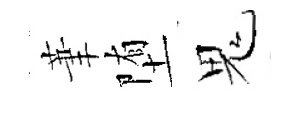
茟堕鬼